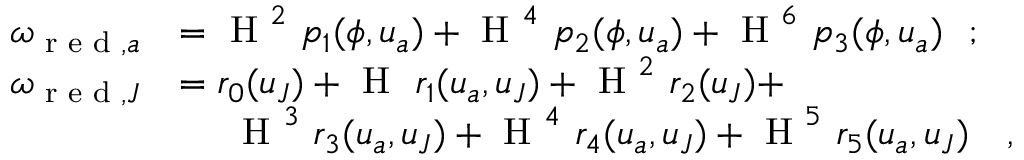
\begin{array} { r l } { \omega _ { \textup { r e d } , a } } & { = \textup { H } ^ { 2 } \ p _ { 1 } ( \phi , \boldsymbol { u } _ { a } ) + \textup { H } ^ { 4 } \ p _ { 2 } ( \phi , \boldsymbol { u } _ { a } ) + \textup { H } ^ { 6 } \ p _ { 3 } ( \phi , \boldsymbol { u } _ { a } ) \ \ ; } \\ { \omega _ { \textup { r e d } , J } } & { = r _ { 0 } ( \boldsymbol { u } _ { J } ) + \textup { H } \ r _ { 1 } ( \boldsymbol { u } _ { a } , \boldsymbol { u } _ { J } ) + \textup { H } ^ { 2 } \ r _ { 2 } ( \boldsymbol { u } _ { J } ) + } \\ & { \ \ \ \ \textup { H } ^ { 3 } \ r _ { 3 } ( \boldsymbol { u } _ { a } , \boldsymbol { u } _ { J } ) + \textup { H } ^ { 4 } \ r _ { 4 } ( \boldsymbol { u } _ { a } , \boldsymbol { u } _ { J } ) + \textup { H } ^ { 5 } \ r _ { 5 } ( \boldsymbol { u } _ { a } , \boldsymbol { u } _ { J } ) \ \ \ , } \end{array}